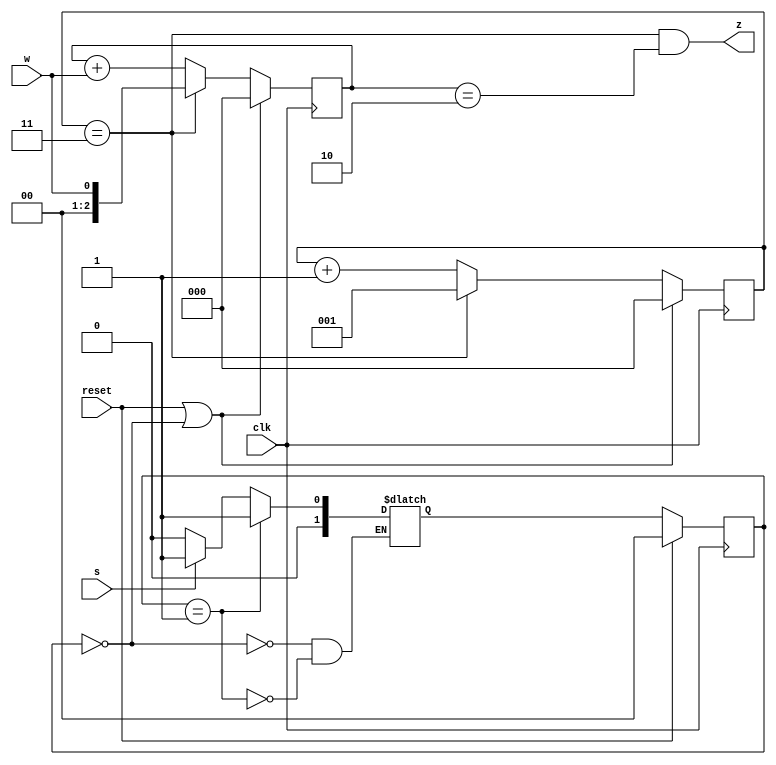
module top_module (
    input clk,
    input reset,   // Synchronous reset
    input s,
    input w,
    output z
);

    parameter A = 0, B = 1;
    reg [1:0] next_state, state;
    
    always @(*) begin
        
        case (state)
            A: next_state = s ? B : A;
            B: next_state = B;
        endcase
    end
    
    always @(posedge clk) begin
        
        if (reset) begin
           state <= A ; 
        end else begin
           state <= next_state; 
        end
        
    end
    
    reg [2:0] count, count_w; // count  count_w  w 
    always @(posedge clk) begin
        
        if (reset || state == A) begin
            count <= 0;
            count_w <= 0;
        end else if (count == 3) begin
            count <= 1; 
            count_w <= w;
        end else begin
            count <= count + 1; 
            count_w <= count_w + w;
        end
    end
    
    assign z = (count == 3)&&(count_w == 2); //  w 2cycle(count == 3)z  
    
endmodule